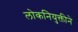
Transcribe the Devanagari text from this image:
लोकनियुक्तीने